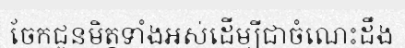
ចែកជូនមិត្តទាំងអស់ដើម្បីជាចំណេះដឹង